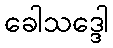
ခေါသဒ္ဒေါ